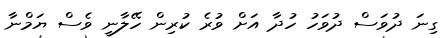
ގިނަ ދުވަސް ދުވަހު ހުދާ އަށް ވުރެ ކުރިން ހޭލާނީ ވެސް ޔަމްނާ